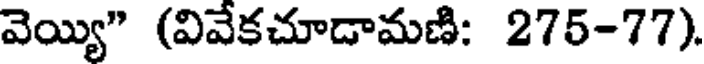
వెయ్యి" (వివేకచూడామణి: 275-77).